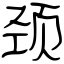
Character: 颈